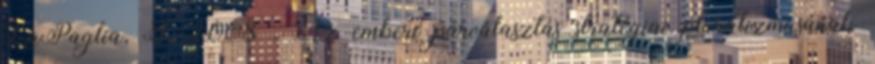
LaPaglia, J. 2008 . Az emberi párválasztás stratégiai pluralizmusának